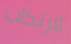
لارتكاب